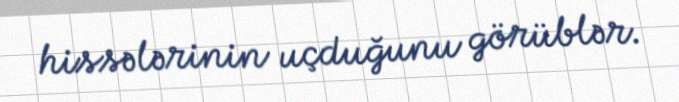
hissələrinin uçduğunu görüblər.